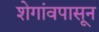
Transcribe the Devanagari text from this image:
शेगांवपासून